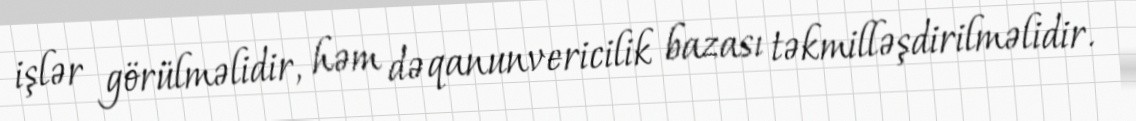
işlər görülməlidir, həm də qanunvericilik bazası təkmilləşdirilməlidir.